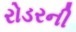
રોડરની